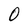
Character: O